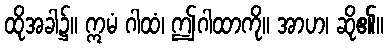
ထိုအခါ၌။ ဣမံ ဂါထံ၊ ဤဂါထာကို။ အာဟ၊ ဆို၏။